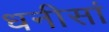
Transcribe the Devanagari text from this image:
धनीसां